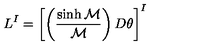
L ^ { I } = \left[ \left( { \frac { \sinh { \cal M } } { \cal M } } \right) D \theta \right] ^ { I }